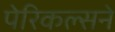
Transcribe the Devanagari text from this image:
पेरिकल्सने